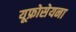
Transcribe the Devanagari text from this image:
यूफ्रोसेयना